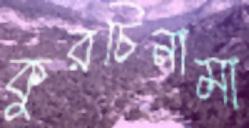
কুরচিনামা